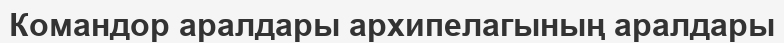
Командор аралдары архипелагының аралдары